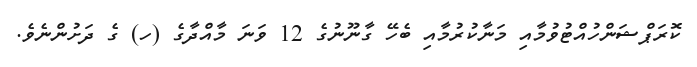
ކޮރަޕްޝަންހުއްޓުވުމާއި މަނާކުރުމާއި ބެހޭ ގާނޫނުގެ 12 ވަނަ މާއްދާގެ (ހ) ގެ ދަށުންނެވެ.